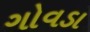
ગોવડા